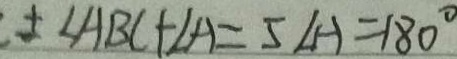
\pm \angle A B C + \angle A = 5 \angle A = 1 8 0 ^ { \circ }